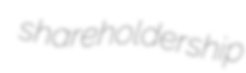
shareholdership